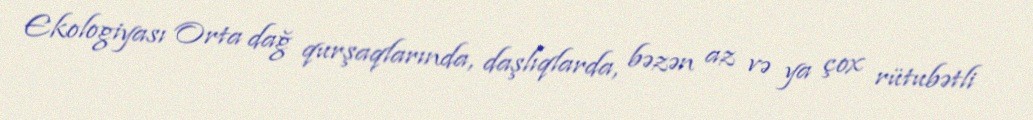
Ekologiyası Orta dağ qurşaqlarında, daşlıqlarda, bəzən az və ya çox rütubətli